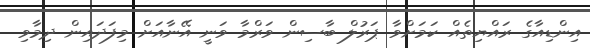
އިންޑިއާގެ ރައްޔިތެއް ކަމަށްވާ ޕަރުލް ބާސިން ވަރްމާ ވަނީ އޭނާއަށް މިފަދައިން ދިމާވި